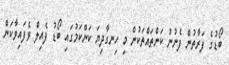
ބޯޑުގެ ފަރާތުން ފެނުނު ކަންތައްތަކުން މި ހިނގާދިޔަ ކަންކަމުގައި ބޯޑު ފެއިލް ވެފައިވާކަން